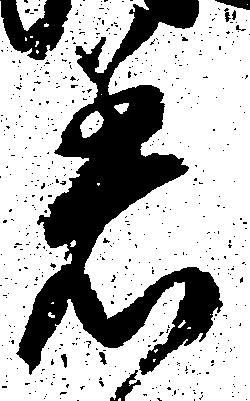
着